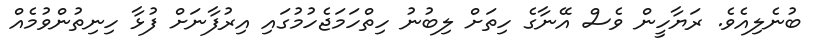
ބުނެލިއެވެ. ރަޔާހީން ވެސް އޭނާގެ ހިތަށް ލިބުނު ހިތްހަމަޖެހުމުގައި އިރުފާނަށް ފުޅާ ހިނިތުންވުމެއް